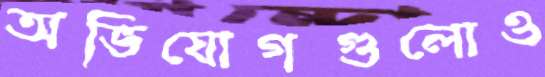
অভিযোগগুলোও